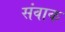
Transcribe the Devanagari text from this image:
संवाक